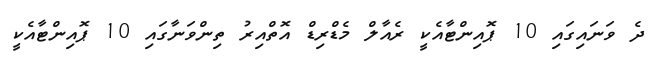
ދެ ވަނައިގައި 10 ޕޮއިންޓާއެކީ ރެއާލް މެޑްރިޑް އޮތްއިރު ތިންވަނާގައި 10 ޕޮއިންޓާއެކީ